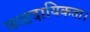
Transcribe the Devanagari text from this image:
कष्टदायिकता।